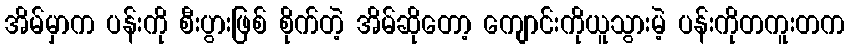
အိမ်မှာက ပန်းကို စီးပွားဖြစ် စိုက်တဲ့ အိမ်ဆိုတော့ ကျောင်းကိုယူသွားမဲ့ ပန်းကိုတကူးတက